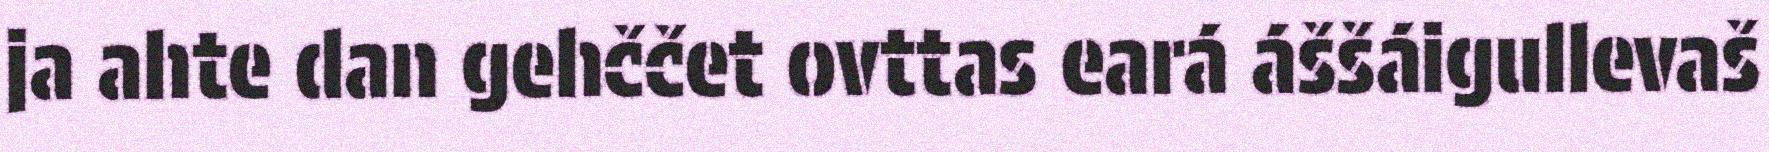
ja ahte dan gehččet ovttas eará áššáigullevaš